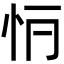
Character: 𢗶